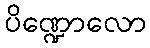
ပိဏ္ဍောလော